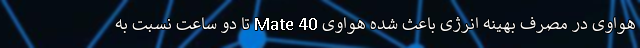
هواوی در مصرف بهینه انرژی باعث شده هواوی Mate 40 تا دو ساعت نسبت به